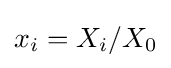
x_{i}=X_{i}/X_{0}